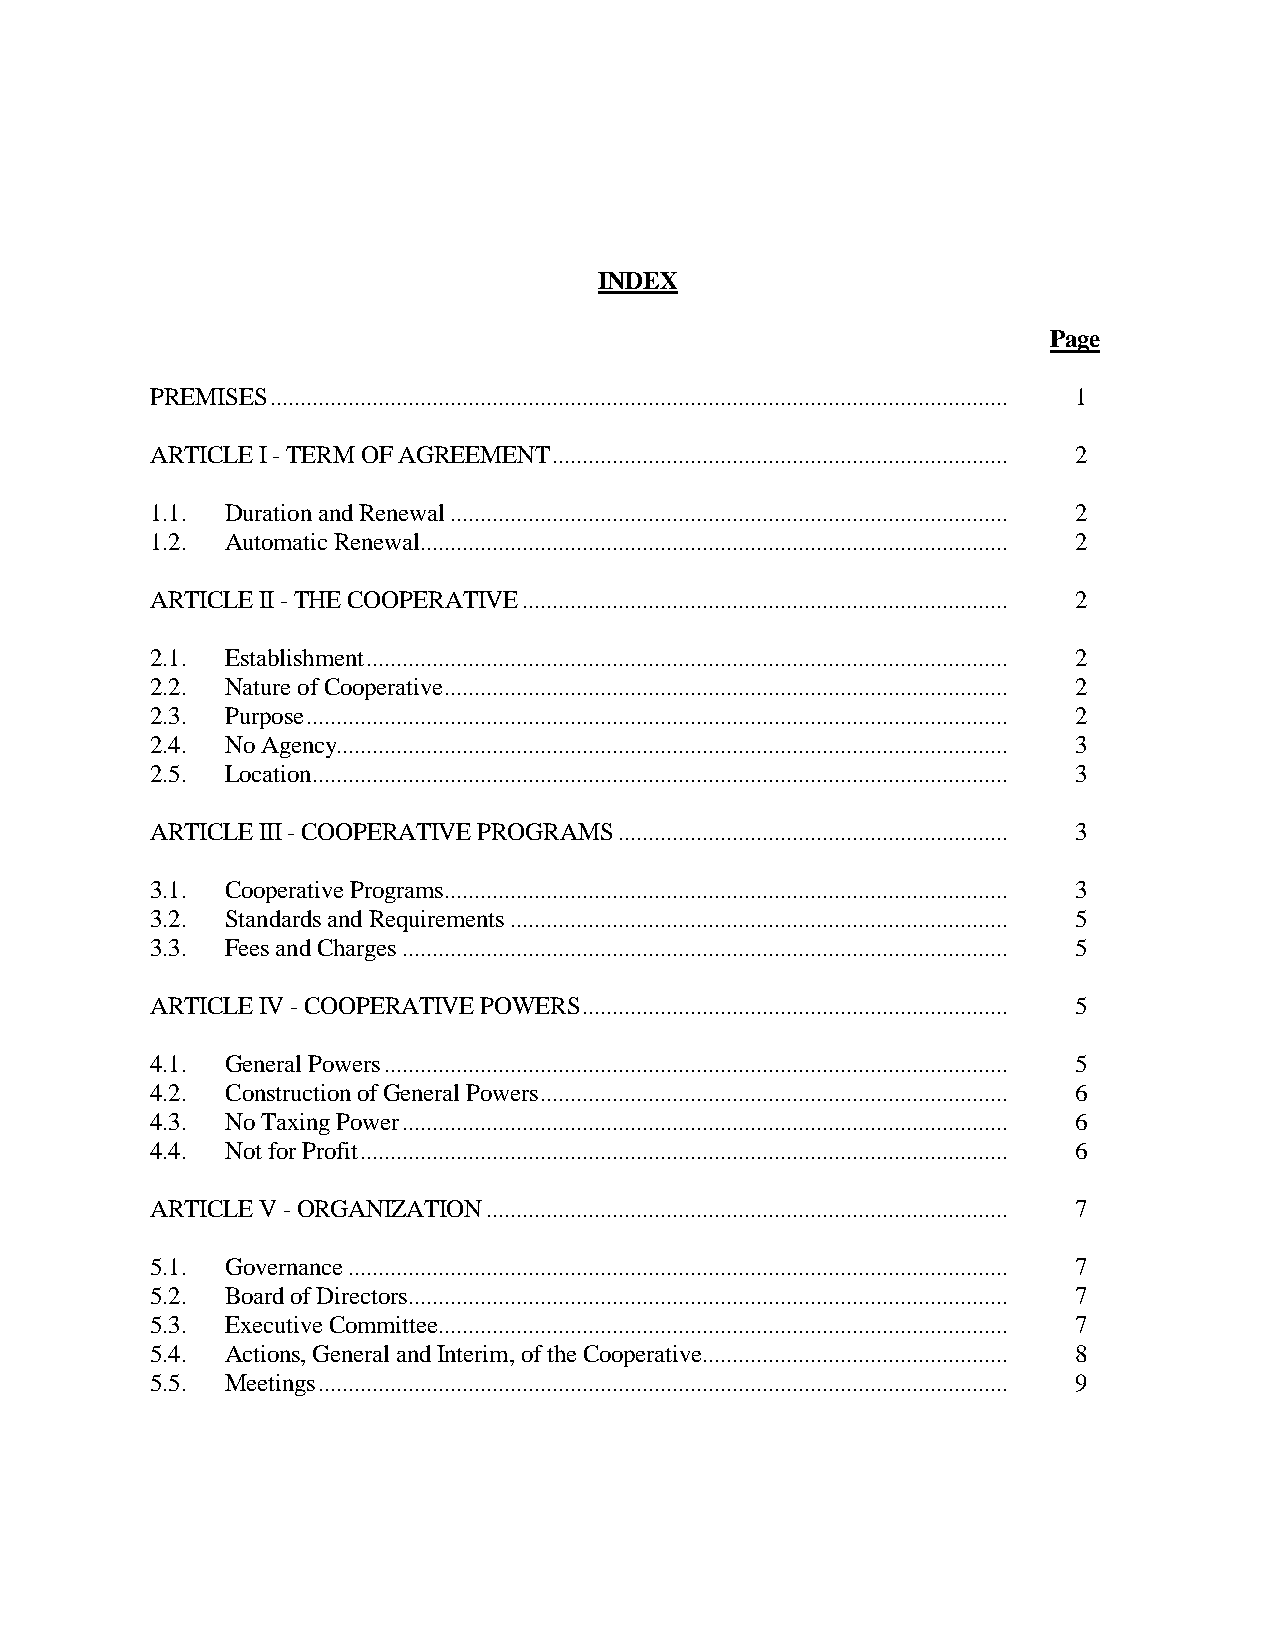
INDEX
 Page
 PREMISES ........................................................................................................................... 1
 ARTICLE I - TERM OF AGREEMENT ............................................................................ 2
 1.1. Duration and Renewal ............................................................................................. 2
 1.2. Automatic Renewal .................................................................................................. 2
 ARTICLE II - THE COOPERATIVE ................................................................................. 2
 2.1. Establishment ........................................................................................................... 2
 2.2. Nature of Cooperative .............................................................................................. 2
 2.3. Purpose ..................................................................................................................... 2
 2.4. No Agency................................................................................................................ 3
 2.5. Location .................................................................................................................... 3
 ARTICLE III - COOPERATIVE PROGRAMS ................................................................. 3
 3.1. Cooperative Programs .............................................................................................. 3
 3.2. Standards and Requirements ................................................................................... 5
 3.3. Fees and Charges ..................................................................................................... 5
 ARTICLE IV - COOPERATIVE POWERS ....................................................................... 5
 4.1. General Powers ........................................................................................................ 5
 4.2. Construction of General Powers .............................................................................. 6
 4.3. No Taxing Power ..................................................................................................... 6
 4.4. Not for Profit ............................................................................................................ 6
 ARTICLE V - ORGANIZATION ....................................................................................... 7
 5.1. Governance .............................................................................................................. 7
 5.2. Board of Directors .................................................................................................... 7
 5.3. Executive Committee ............................................................................................... 7
 5.4. Actions, General and Interim, of the Cooperative ................................................... 8
 5.5. Meetings ................................................................................................................... 9